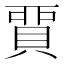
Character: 𧶝